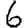
Digit: 6